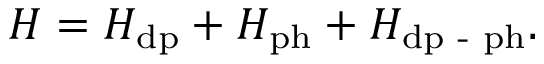
H = H _ { \mathrm { d p } } + H _ { \mathrm { p h } } + H _ { \mathrm { d p } \textrm { - } \mathrm { p h } } .